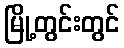
မြို့တွင်းတွင်